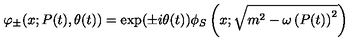
\varphi _ { \pm } ( x ; P ( t ) , \theta ( t ) ) = \exp ( \pm i \theta ( t ) ) \phi _ { S } \left( x ; \sqrt { m ^ { 2 } - \omega \left( P ( t ) \right) ^ { 2 } } \right)